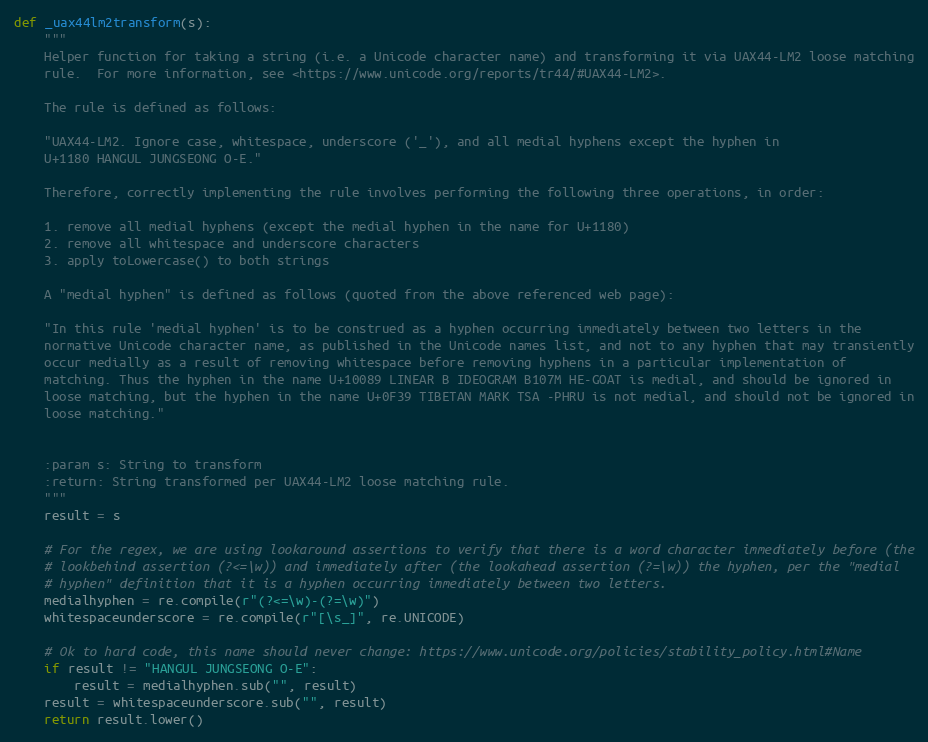
Language: Python
def _uax44lm2transform(s):
    """
    Helper function for taking a string (i.e. a Unicode character name) and transforming it via UAX44-LM2 loose matching
    rule.  For more information, see <https://www.unicode.org/reports/tr44/#UAX44-LM2>.

    The rule is defined as follows:

    "UAX44-LM2. Ignore case, whitespace, underscore ('_'), and all medial hyphens except the hyphen in
    U+1180 HANGUL JUNGSEONG O-E."

    Therefore, correctly implementing the rule involves performing the following three operations, in order:

    1. remove all medial hyphens (except the medial hyphen in the name for U+1180)
    2. remove all whitespace and underscore characters
    3. apply toLowercase() to both strings

    A "medial hyphen" is defined as follows (quoted from the above referenced web page):

    "In this rule 'medial hyphen' is to be construed as a hyphen occurring immediately between two letters in the
    normative Unicode character name, as published in the Unicode names list, and not to any hyphen that may transiently
    occur medially as a result of removing whitespace before removing hyphens in a particular implementation of
    matching. Thus the hyphen in the name U+10089 LINEAR B IDEOGRAM B107M HE-GOAT is medial, and should be ignored in
    loose matching, but the hyphen in the name U+0F39 TIBETAN MARK TSA -PHRU is not medial, and should not be ignored in
    loose matching."

    :param s: String to transform
    :return: String transformed per UAX44-LM2 loose matching rule.
    """
    result = s

    # For the regex, we are using lookaround assertions to verify that there is a word character immediately before (the
    # lookbehind assertion (?<=\w)) and immediately after (the lookahead assertion (?=\w)) the hyphen, per the "medial
    # hyphen" definition that it is a hyphen occurring immediately between two letters.
    medialhyphen = re.compile(r"(?<=\w)-(?=\w)")
    whitespaceunderscore = re.compile(r"[\s_]", re.UNICODE)

    # Ok to hard code, this name should never change: https://www.unicode.org/policies/stability_policy.html#Name
    if result != "HANGUL JUNGSEONG O-E":
        result = medialhyphen.sub("", result)
    result = whitespaceunderscore.sub("", result)
    return result.lower()